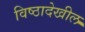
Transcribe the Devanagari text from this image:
विष्ठादेखील